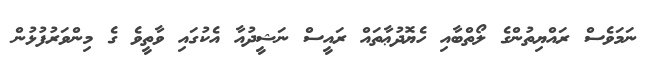
ނަމަވެސް ރައްޔިތުންގެ ލޯތްބާއި ހެޔޮދުޢާތައް ރައީސް ނަޝީދުއާ އެކުގައި ވާތީވެ ގެ މިންވަރުފުޅުން